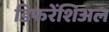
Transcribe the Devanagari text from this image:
डिफरेंशिअल